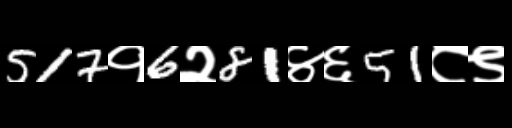
Text: 517१6२81४६51८९